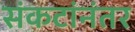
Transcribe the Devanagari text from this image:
संकटांनंतर